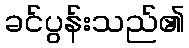
ခင်ပွန်းသည်၏